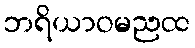
ဘရိယာဝမညထ